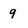
Character: 9